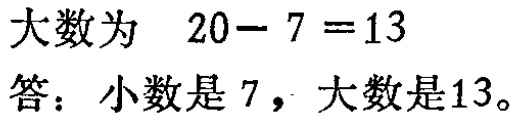
大数为 \(20 - 7 = 13\)
答：小数是 \(7\)，大数是 \(13\)。